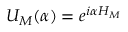
U _ { M } ( \alpha ) = e ^ { i \alpha H _ { M } }